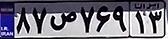
۸۷ص۷۶۹۱۳